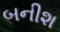
બનીશ